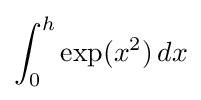
\int _{0}^{h}\exp(x^{2})\,dx